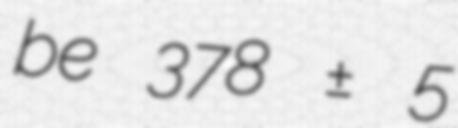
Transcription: be 378 ± 5